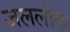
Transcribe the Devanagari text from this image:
जललोक